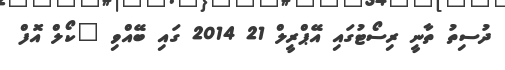
ދުސިތު ތާނީ ރިސޯޓުގައި އޭޕްރީލް 21 2014 ގައި ބޭއްވި "ކޯލް އޮފް